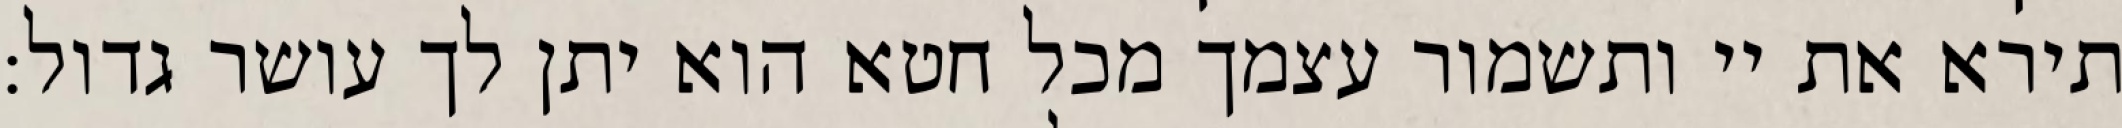
תירא את יי ותשמור עצמך מכל חטא הוא יתן לך עושר גדול: